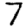
Digit: 7